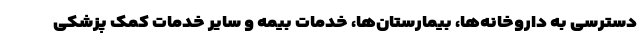
دسترسی به داروخانه‌ها، بیمارستان‌ها، خدمات بیمه و سایر خدمات کمک پزشکی